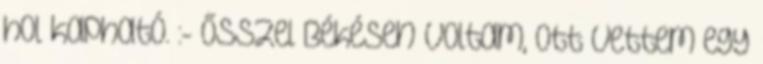
hol kapható. :- ősszel Békésen voltam, ott vettem egy